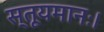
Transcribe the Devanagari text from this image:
स्तूयमानः।